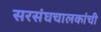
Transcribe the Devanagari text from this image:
सरसंघचालकांची